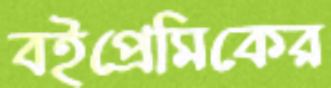
বইপ্রেমিকের